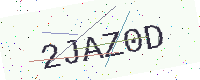
Text: 2JAZ0D